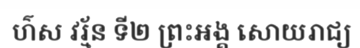
ហ៌ស វរ្ម័ន ទី២ ព្រះអង្គ សោយរាជ្យ